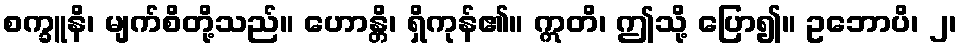
စက္ခူနိ၊ မျက်စိတို့သည်။ ဟောန္တိ၊ ရှိကုန်၏။ ဣတိ၊ ဤသို့ ပြော၍။ ဥဘောပိ၊ ၂၊